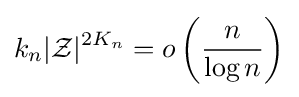
k_{n}|{\mathcal {Z}}|^{2K_{n}}=o\left({\frac {n}{\log n}}\right)